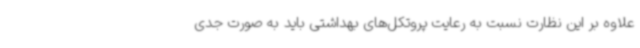
علاوه بر این نظارت نسبت به رعایت پروتکل‌های بهداشتی باید به صورت جدی